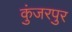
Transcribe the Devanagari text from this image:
कुंजरपुर